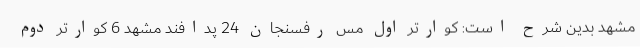
مشهد بدین شرح است: کوارتر اول مس رفسنجان 24 پدافند مشهد 6 کوارتر دوم